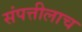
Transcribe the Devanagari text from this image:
संपत्तीलाच